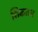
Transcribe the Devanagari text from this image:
शिकतच